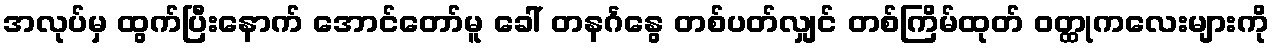
အလုပ်မှ ထွက်ပြီးနောက် အောင်တော်မူ ခေါ် တနင်္ဂနွေ တစ်ပတ်လျှင် တစ်ကြိမ်ထုတ် ဝတ္ထုကလေးများကို